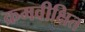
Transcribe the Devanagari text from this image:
क्रमवीक्षित